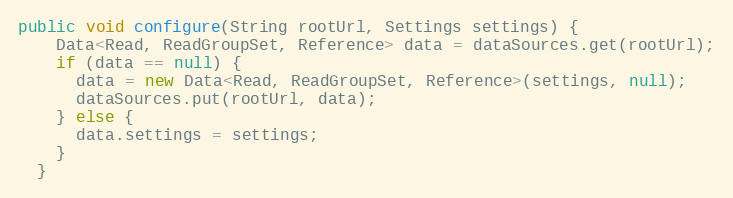
Language: Java
public void configure(String rootUrl, Settings settings) {
    Data<Read, ReadGroupSet, Reference> data = dataSources.get(rootUrl);
    if (data == null) {
      data = new Data<Read, ReadGroupSet, Reference>(settings, null);
      dataSources.put(rootUrl, data);
    } else {
      data.settings = settings;
    }
  }